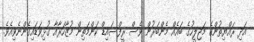
އަދި ރައްޔިތުންގެ މަޖިލީހުގެ ބައެއް މެންބަރުން ވެސް ރީފްސައިޑް ކަންމަތިން މުޒާހަރާއާ ގުޅިވަޑައިގެންނެވިއެވެ.